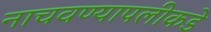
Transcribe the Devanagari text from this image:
नाचवण्यापलीकडे